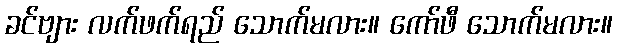
ခင်ဗျား လက်ဖက်ရည် သောက်မလား။ ကော်ဖီ သောက်မလား။